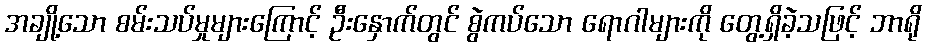
အချို့သော စမ်းသပ်မှုများကြောင့် ဦးနှောက်တွင် စွဲကပ်သော ရောဂါများကို တွေ့ရှိခဲ့သဖြင့် ဘာရို